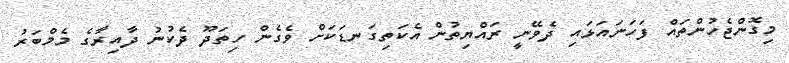
މިގޮންޖެހުންތައް ފަހަނައަޅައި ދެވޭނީ ރައްޔިތުން އެކަތިގަނޑަކަށް ވެގެން ހިތަދޫ ދެކުނު ދާއިރާގެ މެމްބަރު